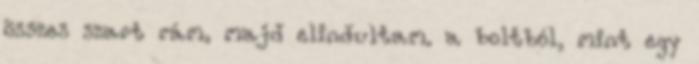
összes szart rám, majd elindultam. a boltból, mint egy